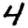
Digit: 4